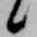
候